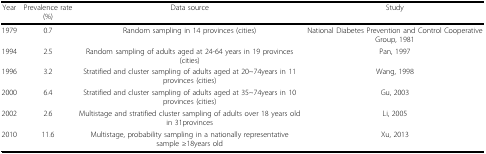
<table><thead><tr><td><b>Year</b></td><td><b>Prevalence rate (%)</b></td><td><b>Data source</b></td><td><b>Study</b></td></tr></thead><tbody><tr><td>1979</td><td>0.7</td><td>Random sampling in 14 provinces (cities)</td><td>National Diabetes Prevention and Control Cooperative Group, 1981</td></tr><tr><td>1994</td><td>2.5</td><td>Random sampling of adults aged at 24-64 years in 19 provinces (cities)</td><td>Pan, 1997</td></tr><tr><td>1996</td><td>3.2</td><td>Stratified and cluster sampling of adults aged at 20~74years in 11 provinces (cities)</td><td>Wang, 1998</td></tr><tr><td>2000</td><td>6.4</td><td>Stratified and cluster sampling of adults aged at 35~74years in 10 provinces (cities)</td><td>Gu, 2003</td></tr><tr><td>2002</td><td>2.6</td><td>Multistage and stratified cluster sampling of adults over 18 years old in 31provinces</td><td>Li, 2005</td></tr><tr><td>2010</td><td>11.6</td><td>Multistage, probability sampling in a nationally representative sample ≥18years old</td><td>Xu, 2013</td></tr></tbody></table>